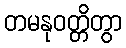
တမနုဝတ္တိတွာ